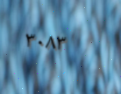
٣٠٨٣